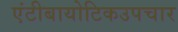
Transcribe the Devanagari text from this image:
एंटीबायोटिकउपचार